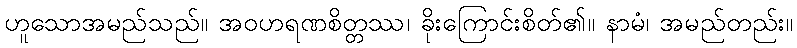
ဟူသောအမည်သည်။ အဝဟရဏစိတ္တဿ၊ ခိုးကြောင်းစိတ်၏။ နာမံ၊ အမည်တည်း။